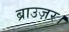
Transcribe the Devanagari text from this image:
ब्राउज़र।